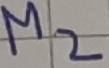
Text: M2